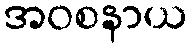
အဝစနာယ